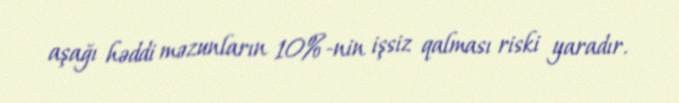
aşağı həddi məzunların 10%-nin işsiz qalması riski yaradır.